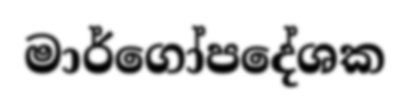
මාර්ගෝපදේශක